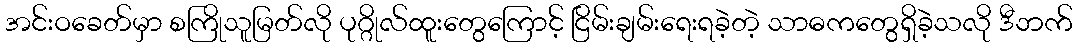
အင်းဝခေတ်မှာ စကြိုသူမြတ်လို ပုဂ္ဂိုလ်ထူးတွေကြောင့် ငြိမ်းချမ်းရေးရခဲ့တဲ့ သာဓကတွေရှိခဲ့သလို ဒီဘက်